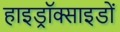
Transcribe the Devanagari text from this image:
हाइड्रॉक्साइडों